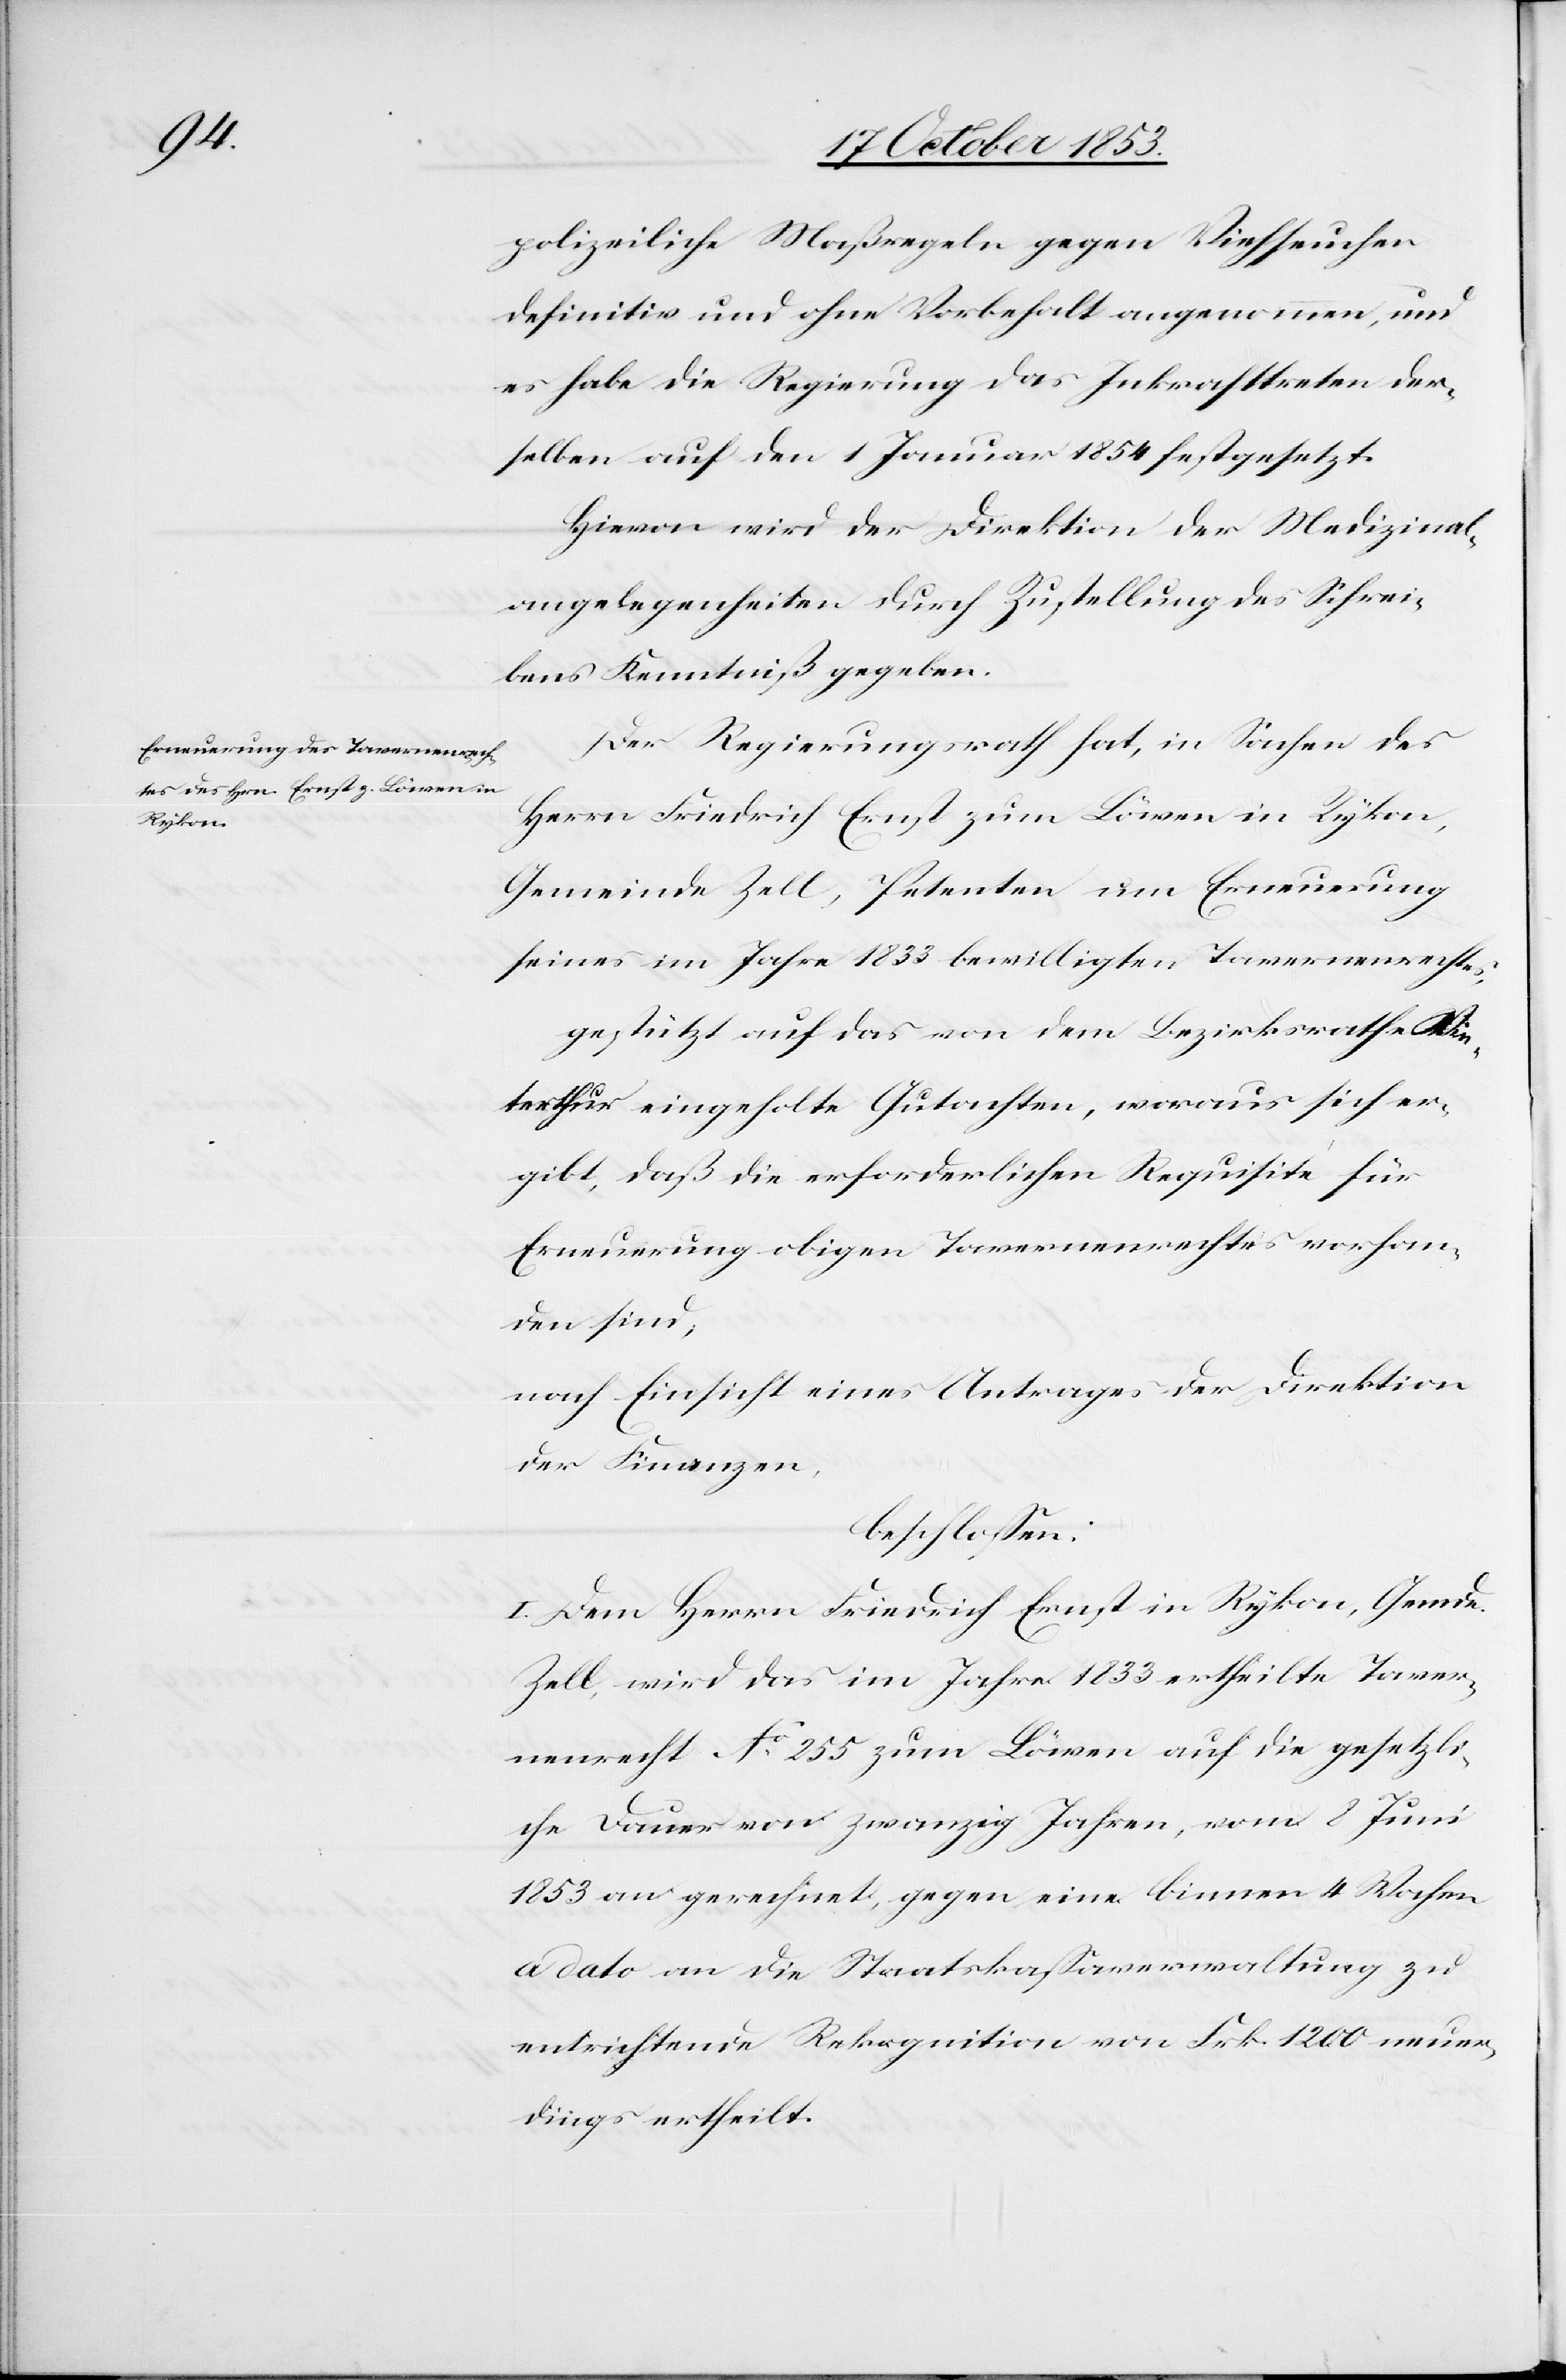
polizeilicher Maßregeln gegen Viehseuchen
definitiv und ohne Vorbehalt angenommen, und
es habe die Regierung das Inkrafttreten der¬
selben auf den 1 Januar 1854 festgesetzt.
Hievon wird der Direktion der Medizinal¬
angelegenheiten durch Zustellung des Schrei¬
bens Kenntniß gegeben.
Der Regierungsrath hat, in Sachen des
Herrn Friedrich Ernst zum Löwen in Rykon,
Gemeinde Zell, Petenten um Erneuerung
seines im Jahre 1833 bewilligten Tavernenrechtes,
gestützt auf das von dem Bezirksrathe Wi¬
nterthur eingeholte Gutachten, woraus sich er¬
gibt, daß die erforderlichen Requisite für
Erneuerung obigen Tavernenrechtes vorhan¬
den sind,
nach Einsicht eines Antrages der Direktion
der Finanzen,
beschloßen:
I. Dem Herrn Friedrich Ernst in Rykon, Gemde
Zell, wird das im Jahre 1833 ertheilte Taver¬
nenrecht N° 255 zum Löwen auf die gesetzli¬
che Dauer von zwanzig Jahren, vom 8 Juni
1853 an gerechnet gegen eine binnen 4 Wochen
a dato an die Staatskaßaverwaltung zu
entrichtende Rekognition von Frk. 1200 neuer¬
dings ertheilt.